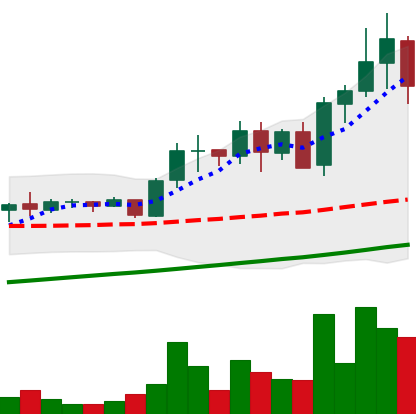
Ticker: ADA-USD
Chart end date: 2021-05-17
Forward return: -27.979%
Label: down_7plus